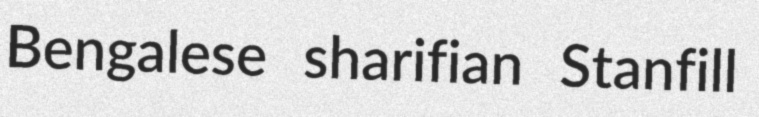
Bengalese sharifian Stanfill